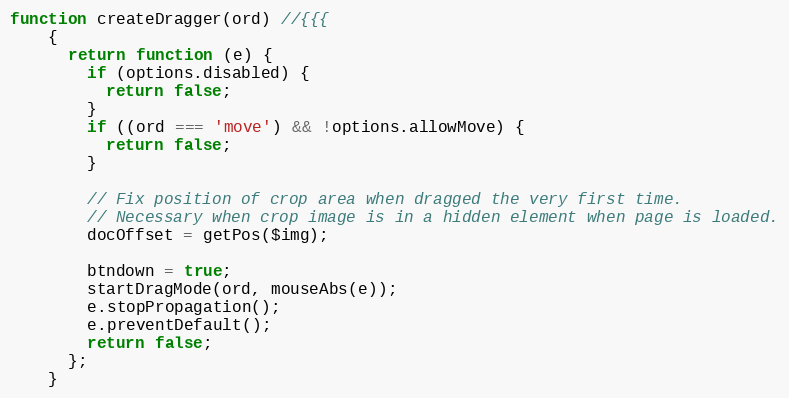
Language: JavaScript
function createDragger(ord) //{{{
    {
      return function (e) {
        if (options.disabled) {
          return false;
        }
        if ((ord === 'move') && !options.allowMove) {
          return false;
        }

        // Fix position of crop area when dragged the very first time.
        // Necessary when crop image is in a hidden element when page is loaded.
        docOffset = getPos($img);

        btndown = true;
        startDragMode(ord, mouseAbs(e));
        e.stopPropagation();
        e.preventDefault();
        return false;
      };
    }